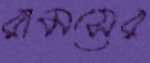
রামসের